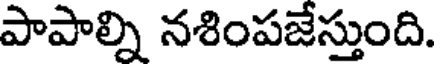
పాపాల్ని నశింపజేస్తుంది.